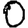
Digit: 0